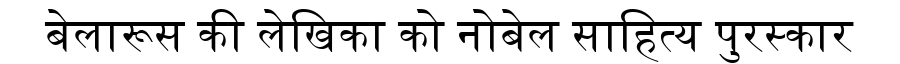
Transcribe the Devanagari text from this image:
बेलारूस की लेखिका को नोबेल साहित्य पुरस्कार